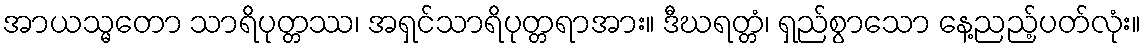
အာယသ္မတော သာရိပုတ္တဿ၊ အရှင်သာရိပုတ္တရာအား။ ဒီဃရတ္တံ၊ ရှည်စွာသော နေ့ညည့်ပတ်လုံး။